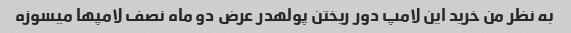
به نظر من خرید این لامپ دور ریختن پولهدر عرض دو ماه نصف لامپها میسوزه